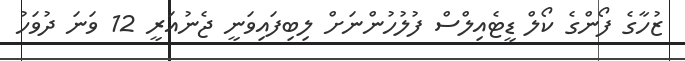
ޒުހާގެ ފޯންގެ ކޯލް ޑީޓެއިލްސް ފުލުހުންނަށް ލިބިފައިވަނީ ޖެނުއަރީ 12 ވަނަ ދުވަހު